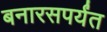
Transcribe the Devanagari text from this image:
बनारसपर्यंत